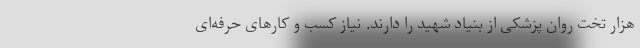
هزار تخت روان پزشکی از بنیاد شهید را دارند. نیاز کسب و کارهای حرفه‌ای